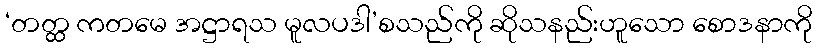
‘တတ္ထ ကတမေ အဋ္ဌာရသ မူလပဒါ’စသည်ကို ဆိုသနည်းဟူသော စောဒနာကို